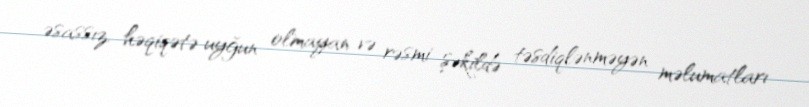
əsassız, həqiqətə uyğun olmayan və rəsmi şəkildə təsdiqlənməyən məlumatları